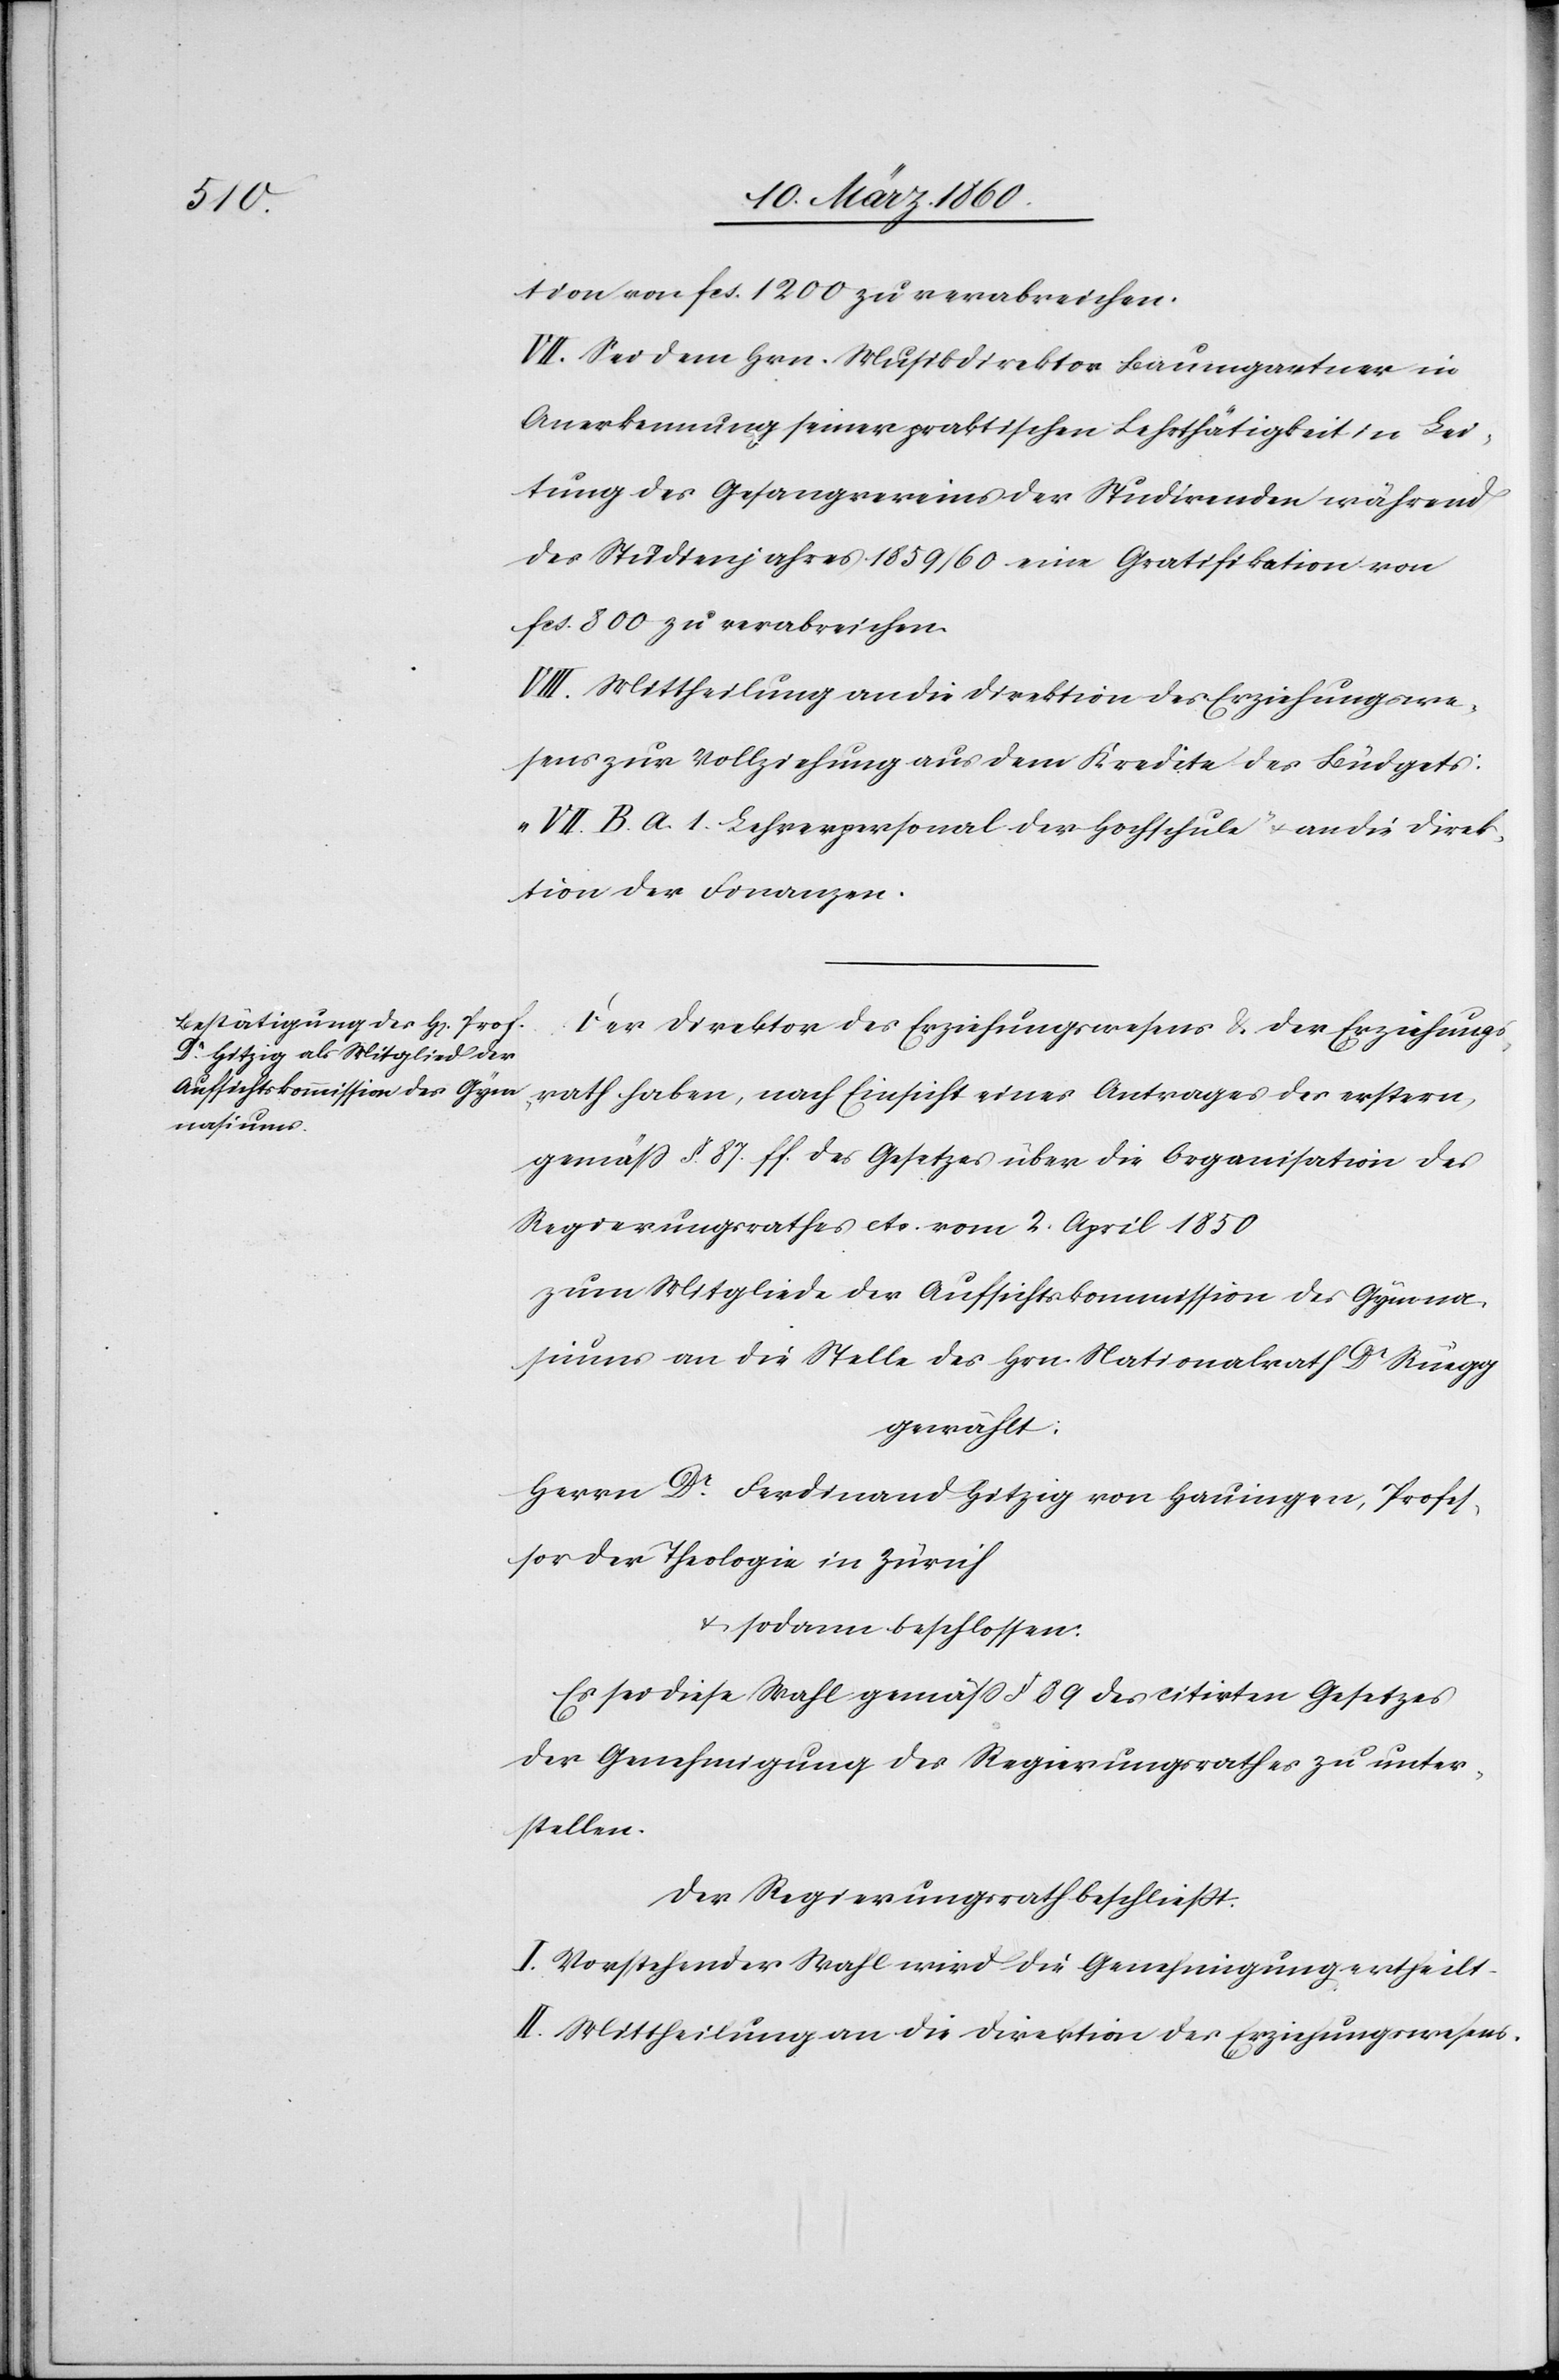
tion von fcs. 1200 zu verabreichen.
VII. Sei dem Hrn. Musikdirektor Baumgartner in
Anerkennung seiner praktischen Lehrthätigkeit in Lei¬
tung des Gesangsvereines der Studirenden während
des Studienjahres 1859/60 eine Gratifikation von
fcs. 800zu verabreichen.
VIII. Mittheilung an die Direktion des Erziehungswe¬
sens zur Vollziehung aus dem Kredite des Büdgets:
„VII. B. A. 1. Lehrerpersonal der Hochschule“ u. an die Direk¬
tion der Finanzen.
Der Direktor des Erziehungswesens u. der Erziehungs¬
rath haben, nach Einsicht eines Antrages der erstern,
gemäss §. 87. ff. des Gesetzes über die Organisation des
Regierungsrathes etc. vom 2. April 1850
zum Mitgliede der Aufsichtskommission des Gymna¬
siums an die Stelle des Hrn. Nationalrath Dr Rüegg
gewählt:
Herrn Dr Ferdinand Hitzig von Hauingen, Profes¬
sor der Theologie in Zürich
u. sodann beschlossen:
Es sei diese Wahl gemäss §. 89 des citirten Gesetzes
der Genehmigung des Regierungsrathes zu unter¬
stellen.
Der Regierungsrath beschliesst:
I. Vorstehender Wahl wird die Genehmigung ertheilt.
II. Mittheilung an die Direktion des Erziehungswesens.